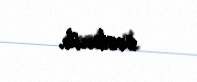
səslənib.